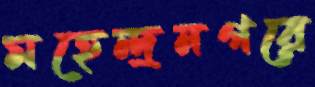
মহেন্দ্রনগরে